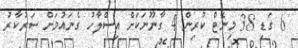
6 ގަޑި 38 މިނެޓް ކުރިން 4 ގާނޫނަކަށް އިސްލާހު ގެނައުމަށް ސަރުކާރު